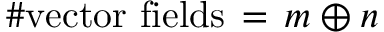
\# \mathrm { v e c t o r ~ f i e l d s } \, = \, m \oplus n